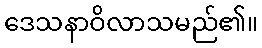
ဒေသနာဝိလာသမည်၏။